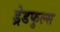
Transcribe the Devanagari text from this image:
ड्रेडफुल्स